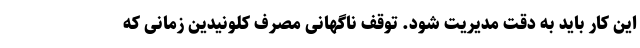
این کار باید به دقت مدیریت شود. توقف ناگهانی مصرف کلونیدین زمانی که